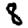
Digit: 8